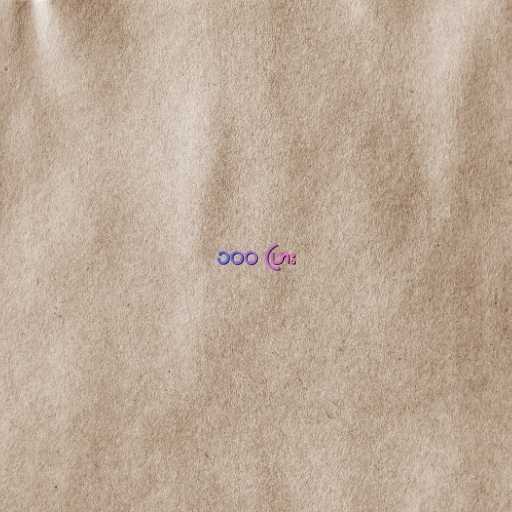
၁၀၀ ပြား